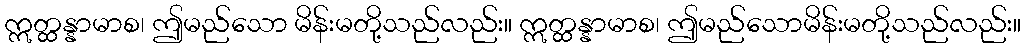
ဣတ္ထန္နာမာစ၊ ဤမည်သော မိန်းမတို့သည်လည်း။ ဣတ္ထန္နာမာစ၊ ဤမည်သောမိန်းမတို့သည်လည်း။